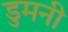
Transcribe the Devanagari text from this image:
डुमनी